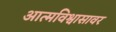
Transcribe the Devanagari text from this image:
आत्मविश्वासावर